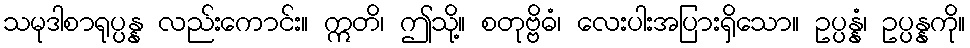
သမုဒါစာရုပ္ပန္န လည်းကောင်း။ ဣတိ၊ ဤသို့။ စတုဗ္ဗိဓံ၊ လေးပါးအပြားရှိသော။ ဥပ္ပန္နံ၊ ဥပ္ပန္နကို။